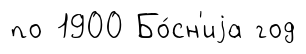
по 1900 Бо́сн'иjа год